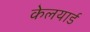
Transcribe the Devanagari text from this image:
केलयार्ड